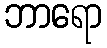
ဘာရော